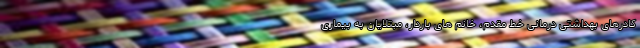
کادرهای بهداشتی درمانی خط مقدم، خانم های باردار، مبتلایان به بیماری